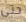
حتى